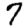
Digit: 7